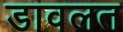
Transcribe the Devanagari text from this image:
डावलत